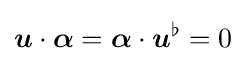
{\boldsymbol {u}}\cdot {\boldsymbol {\alpha }}={\boldsymbol {\alpha }}\cdot {\boldsymbol {u}}^{\flat }=0